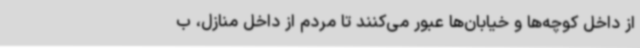
از داخل کوچه‌ها و خیابان‌ها عبور می‌کنند تا مردم از داخل منازل، ب